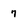
Character: 7